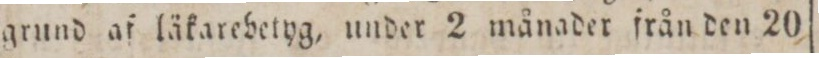
grund af läkarebetyg, under 2 månader från den 20